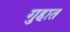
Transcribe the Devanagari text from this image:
गुहात